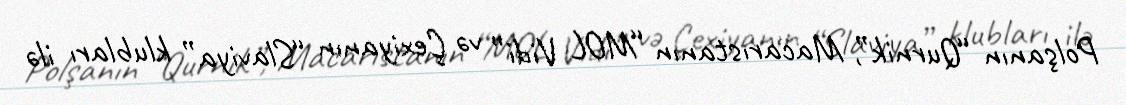
Polşanın “Qurnik”, Macarıstanın “MOL Vidi” və Çexiyanın “Slaviya” klubları ilə